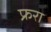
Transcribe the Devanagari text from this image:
फ्ररा